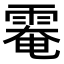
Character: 𩃗